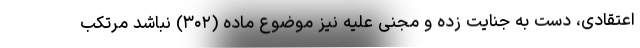
اعتقادی، دست به جنایت زده و مجنی علیه نیز موضوع ماده (۳۰۲) نباشد مرتکب